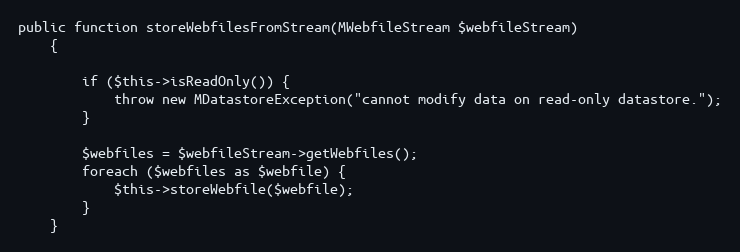
Language: PHP
public function storeWebfilesFromStream(MWebfileStream $webfileStream)
    {

        if ($this->isReadOnly()) {
            throw new MDatastoreException("cannot modify data on read-only datastore.");
        }

        $webfiles = $webfileStream->getWebfiles();
        foreach ($webfiles as $webfile) {
            $this->storeWebfile($webfile);
        }
    }